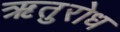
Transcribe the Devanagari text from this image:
ऋतुरोध